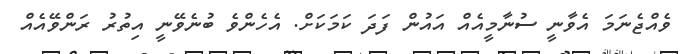
ވެއްޖެނަމަ އެވާނީ ސުނާމީއެއް އައުން ފަދަ ކަމަކަށް. އެހެންވެ ބުނެވޭނީ އިތުރު ރަންވޭއެއް